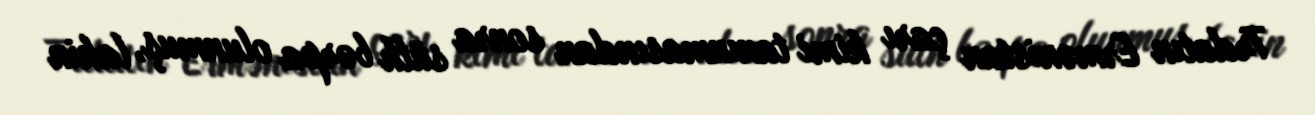
Trdatın Ermənistan çarı kimi tanınmasından sonra sülh bərpa olunmuş, lakin